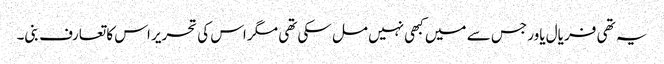
یہ تھی فر یال یاور جس سے میں کبھی نہیں مل سکی تھی مگر اس کی تحریر اس کا تعارف بنی۔